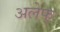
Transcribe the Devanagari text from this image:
अलेफ्